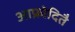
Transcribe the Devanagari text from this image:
आफ्रोदितै